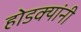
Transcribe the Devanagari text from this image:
होडक्यांनी